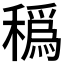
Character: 𥢬